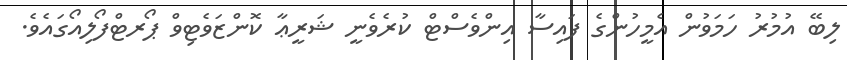
ލިބޭ އުމުރު ހަމަވުން އެމީހުންގެ ފައިސާ އިންވެސްޓް ކުރެވެނީ ޝަރީޢާ ކޮންޒަވެޓިވް ޕޯރޓްފޯލިއޯގައެވެ.